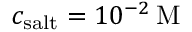
c _ { \mathrm { s a l t } } = 1 0 ^ { - 2 } \, \mathrm { M }